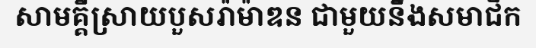
សាមគ្គីស្រាយបួសរ៉ាម៉ាឌន ជាមួយនឹងសមាជិក